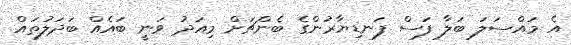
އެ މައްސަލަ ބަލާ ފަސް ފަނޑިޔާރުންގެ ބެންޗަށް މިއަދު ވަނީ ބައެއް ބަދަލުތައް